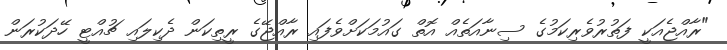
"ރާއްޖެއަކީ ފަތުރުވެރިކަމުގެ ސިނާއަތެއް އޮތް ގައުމަކަށްވެފައި ރާއްޖޭގެ ރީތިކަން ދެކިލައި ޗުއްޓީ ހޭދަކުރަން